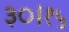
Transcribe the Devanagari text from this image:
३०।१५